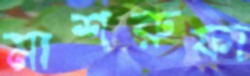
মাশরুফা